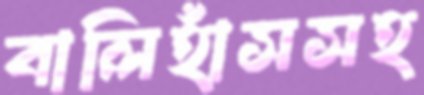
বালিহাঁসসহ